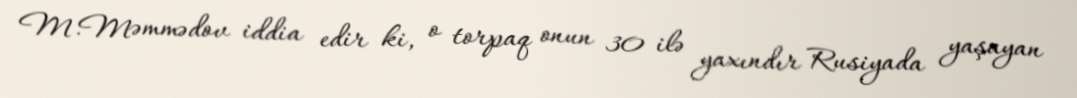
M.Məmmədov iddia edir ki, o torpaq onun 30 ilə yaxındır Rusiyada yaşayan